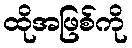
ထိုအဖြစ်ကို